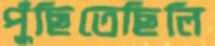
পুঁছিতেছিলি